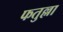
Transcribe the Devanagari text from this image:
फतुल्ला